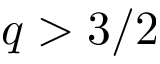
q > 3 / 2